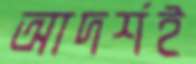
আদর্শই